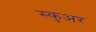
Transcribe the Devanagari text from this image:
स्कुअर